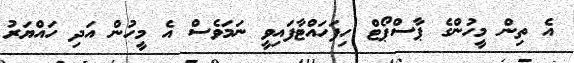
އެ ތިން މީހުންގެ ޕާސްޕޯޓް ހިފަހައްޓާފައިވީ ނަމަވެސް އެ މީހުން އަދި ހައްޔަރު